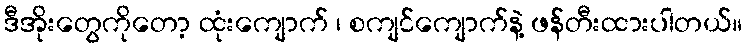
ဒီအိုးတွေကိုတော့ ထုံးကျောက် ၊ စကျင်ကျောက်နဲ့ ဖန်တီးထားပါတယ်။